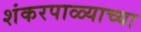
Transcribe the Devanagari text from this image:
शंकरपाळ्याच्या